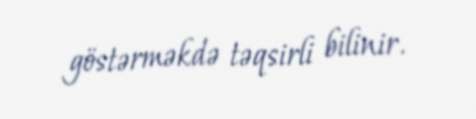
göstərməkdə təqsirli bilinir.